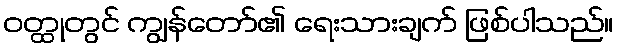
ဝတ္ထုတွင် ကျွန်တော်၏ ရေးသားချက် ဖြစ်ပါသည်။